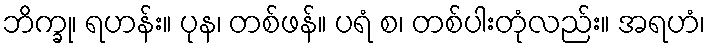
ဘိက္ခု၊ ရဟန်း။ ပုန၊ တစ်ဖန်။ ပရံ စ၊ တစ်ပါးတုံလည်း။ အရဟံ၊